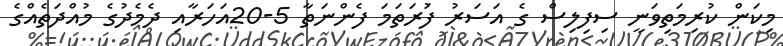
މިކަން ކުރިމަތިވަނީ ސިފިލިސް ގެ އަސަރު ފުަރަތަމަ ފެންނަތާ 5-20އަހަރާއި ދެމެދުގެ މުއްދަތެއްގެ